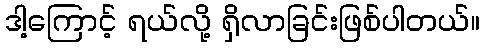
ဒါ့ကြောင့် ရယ်လို့ ရှိလာခြင်းဖြစ်ပါတယ်။